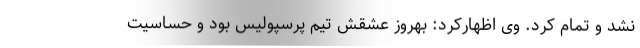
نشد و تمام کرد. وی اظهارکرد: بهروز عشقش تیم پرسپولیس بود و حساسیت